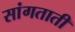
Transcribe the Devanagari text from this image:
सांगताती